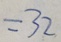
= 3 2